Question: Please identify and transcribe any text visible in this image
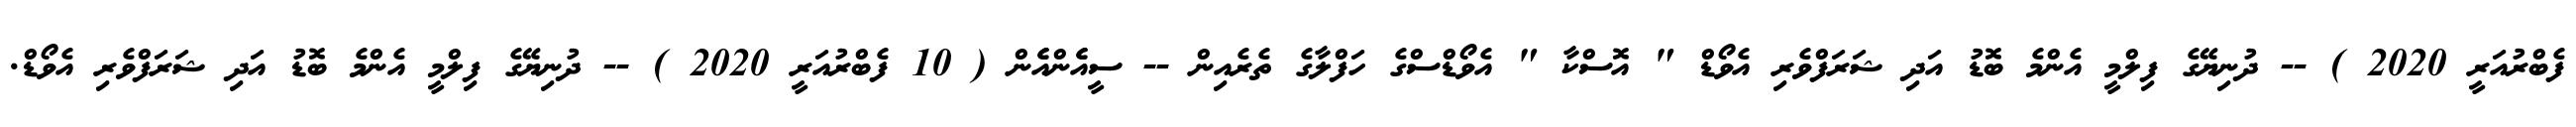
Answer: ފެބްރުއަރީ 2020 ) -- ދުނިޔޭގެ ފިލްމީ އެންމެ ބޮޑު އަދި ޝަރަފްވެރި އެވޯޑް " އޮސްކާ " އެވޯޑްސްގެ ހަފްލާގެ ތެރެއިން -- ސީއެެންއެެން ( 10 ފެބްރުއަރީ 2020 ) -- ދުނިޔޭގެ ފިލްމީ އެންމެ ބޮޑު އަދި ޝަރަފްވެރި އެވޯޑް.